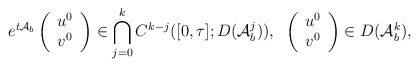
\begin{align*}e^{t\mathcal{A}_b}\left( \begin{array} {c} u^0\\v^0\end{array}\right)\in \bigcap_{j=0}^kC^{k-j}([0,\tau ];D(\mathcal{A}_b^j)),\;\; \left( \begin{array} {c} u^0\\v^0\end{array}\right)\in D(\mathcal{A}_b^k),\end{align*}